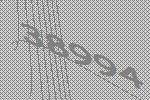
38994